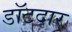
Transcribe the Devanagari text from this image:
डॉटदार